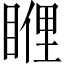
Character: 𥈯